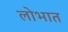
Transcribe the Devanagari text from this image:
लोभात